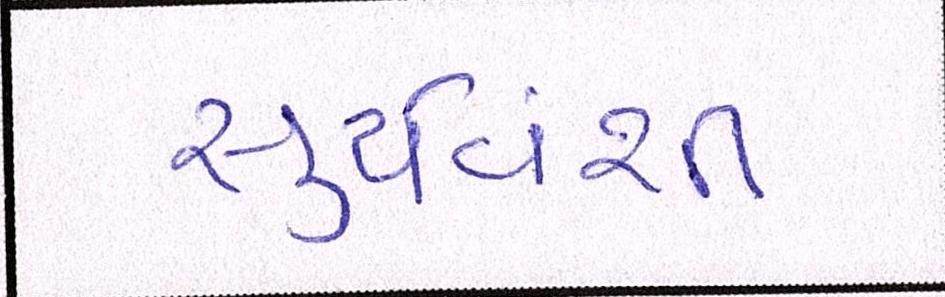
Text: સુર્યવંશી